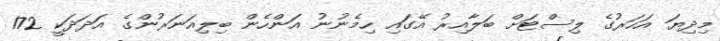
މިދިޔަ އަހަރުގެ ލިސްޓަށް ބަލާއިރު އޭގައި ހިމެނުނު އަންހެން ބިލިއަނަރުންގެ އަދަދަކީ 172